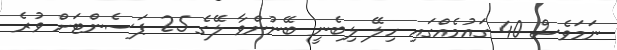
ނަމަވެސް 40 ގައުމެއްގައި ހިލޭ ލިބެނީ ބޭނުންވާ ލޭގެ 25 ޕަސެންޓަށް ވުރެ